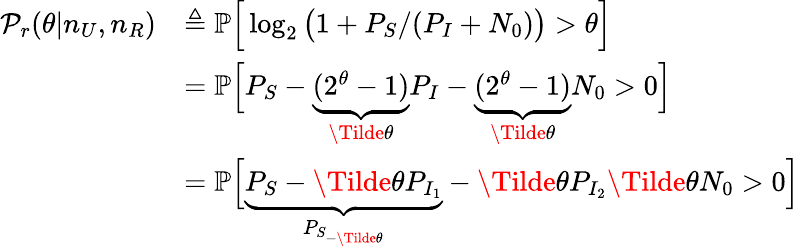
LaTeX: \begin{array}{rl}{\mathcal{P}_{r}(\theta|n_{U},n_{R})}&{\triangleq\mathbb{P}\Big[\log_{2}\big(1+P_{S}/(P_{I}+N_{0})\big)>\theta\Big]}\\ &{=\mathbb{P}\Big[P_{S}-\underbrace{(2^{\theta}-1)}_{\Tilde{\theta}}P_{I}-\underbrace{(2^{\theta}-1)}_{\Tilde{\theta}}N_{0}>0\Big]}\\ &{=\mathbb{P}\Big[\underbrace{P_{S}-\Tilde{\theta}P_{I_{1}}}_{P_{S_{-\Tilde{\theta}}}}-\Tilde{\theta}P_{I_{2}}\Tilde{\theta}N_{0}>0\Big]}\end{array}